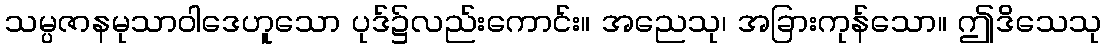
သမ္ပဇာနမုသာဝါဒေဟူသော ပုဒ်၌လည်းကောင်း။ အညေသု၊ အခြားကုန်သော။ ဤဒိသေသု